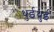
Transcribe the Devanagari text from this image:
थुईथुई